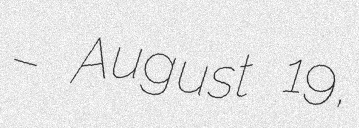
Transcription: – August 19,